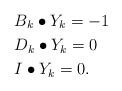
LaTeX: \begin{align*}& B_k \bullet Y_k = -1 \\& D_k \bullet Y_k = 0 \\& I \bullet Y_k = 0. \end{align*}